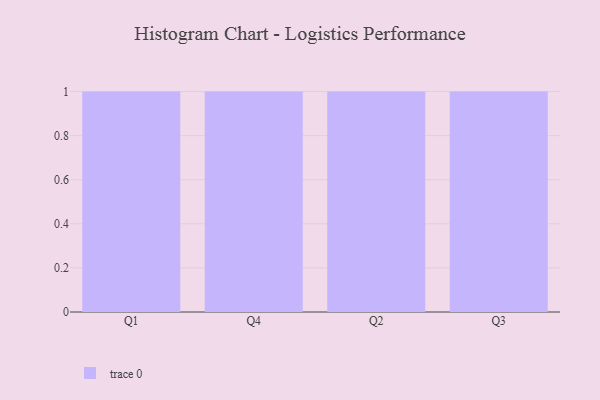
{"axis": {"x": "Quarter", "y": "Temperature (°C)"}, "legend": [""], "data": [{"x": "Q1", "y": 45, "type": ""}, {"x": "Q4", "y": 41, "type": ""}, {"x": "Q2", "y": 24, "type": ""}, {"x": "Q3", "y": 7, "type": ""}]}